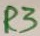
Text: R3